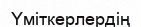
Үміткерлердің